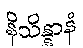
နိသိန္နာနံ